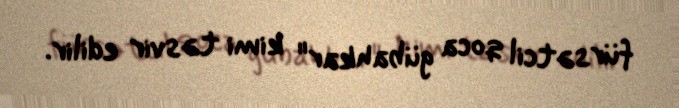
fürsətcil qoca gübahkar" kimi təsvir edilir.